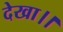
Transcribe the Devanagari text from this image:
देखा।।